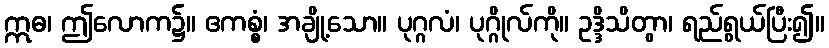
ဣဓ၊ ဤလောက၌။ ဧကစ္စံ၊ အချို့သော။ ပုဂ္ဂလံ၊ ပုဂ္ဂိုလ်ကို။ ဥဒ္ဒိသိတွာ၊ ရည်ရွယ်ပြီး၍။